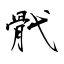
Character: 骮